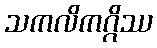
သကလိကဂ္ဂိဿ